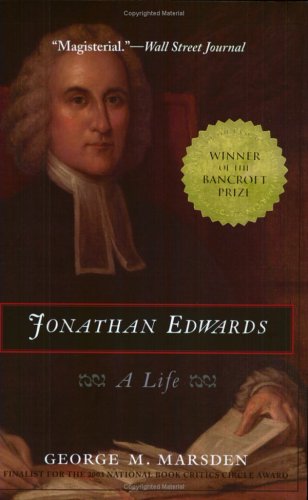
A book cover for Jonathan Edwards: A Life; George M. Marsden; History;